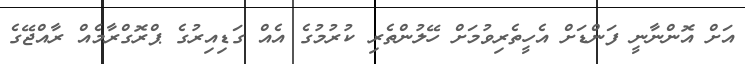
އަށް އޮންނާނީ ފަންޑަށް އެހީތެރިވުމަށް ހޭލުންތެރި ކުރުމުގެ އެއް ގަޑިއިރުގެ ޕްރޮގްރާމެއް ރާއްޖޭގެ